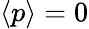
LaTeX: \langle p\rangle=0